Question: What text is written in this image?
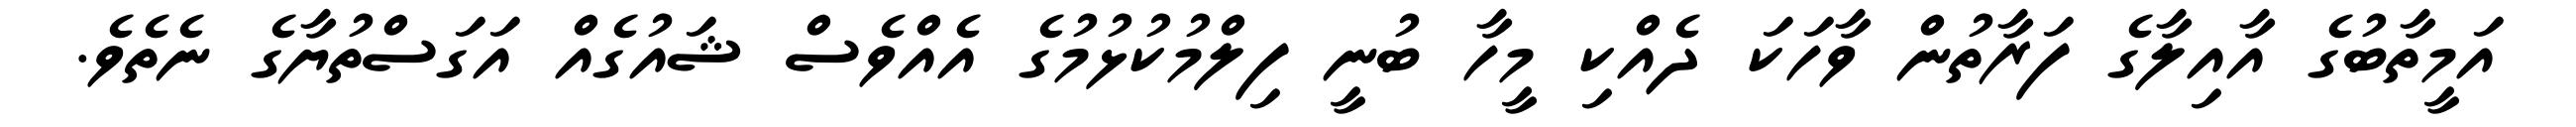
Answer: އަމީތާބުގެ އާއިލާގެ ފަރާތުން ވާހަކަ ދެއްކި މީހާ ބުނީ ފިލްމުކުޅުމުގެ އެއްވެސް ޝައުގެއް އަގަސްތުޔާގެ ނެތެވެ.